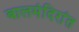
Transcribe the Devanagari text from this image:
बालमंदिरांत